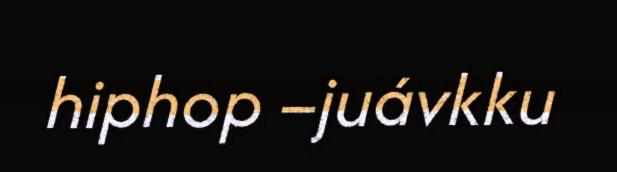
hiphop –juávkku